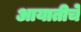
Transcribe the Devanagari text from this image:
आयातीचे